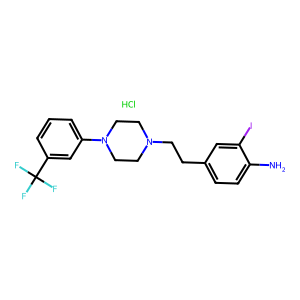
SMILES: Cl.Nc1ccc(CCN2CCN(c3cccc(C(F)(F)F)c3)CC2)cc1I
Inhibits HIV replication: No